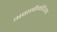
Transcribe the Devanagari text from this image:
भवानीमंदिरात